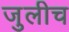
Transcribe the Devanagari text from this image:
जुलीच